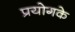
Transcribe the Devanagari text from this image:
प्रयोगके